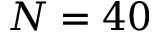
N = 4 0